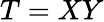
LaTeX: T=XY